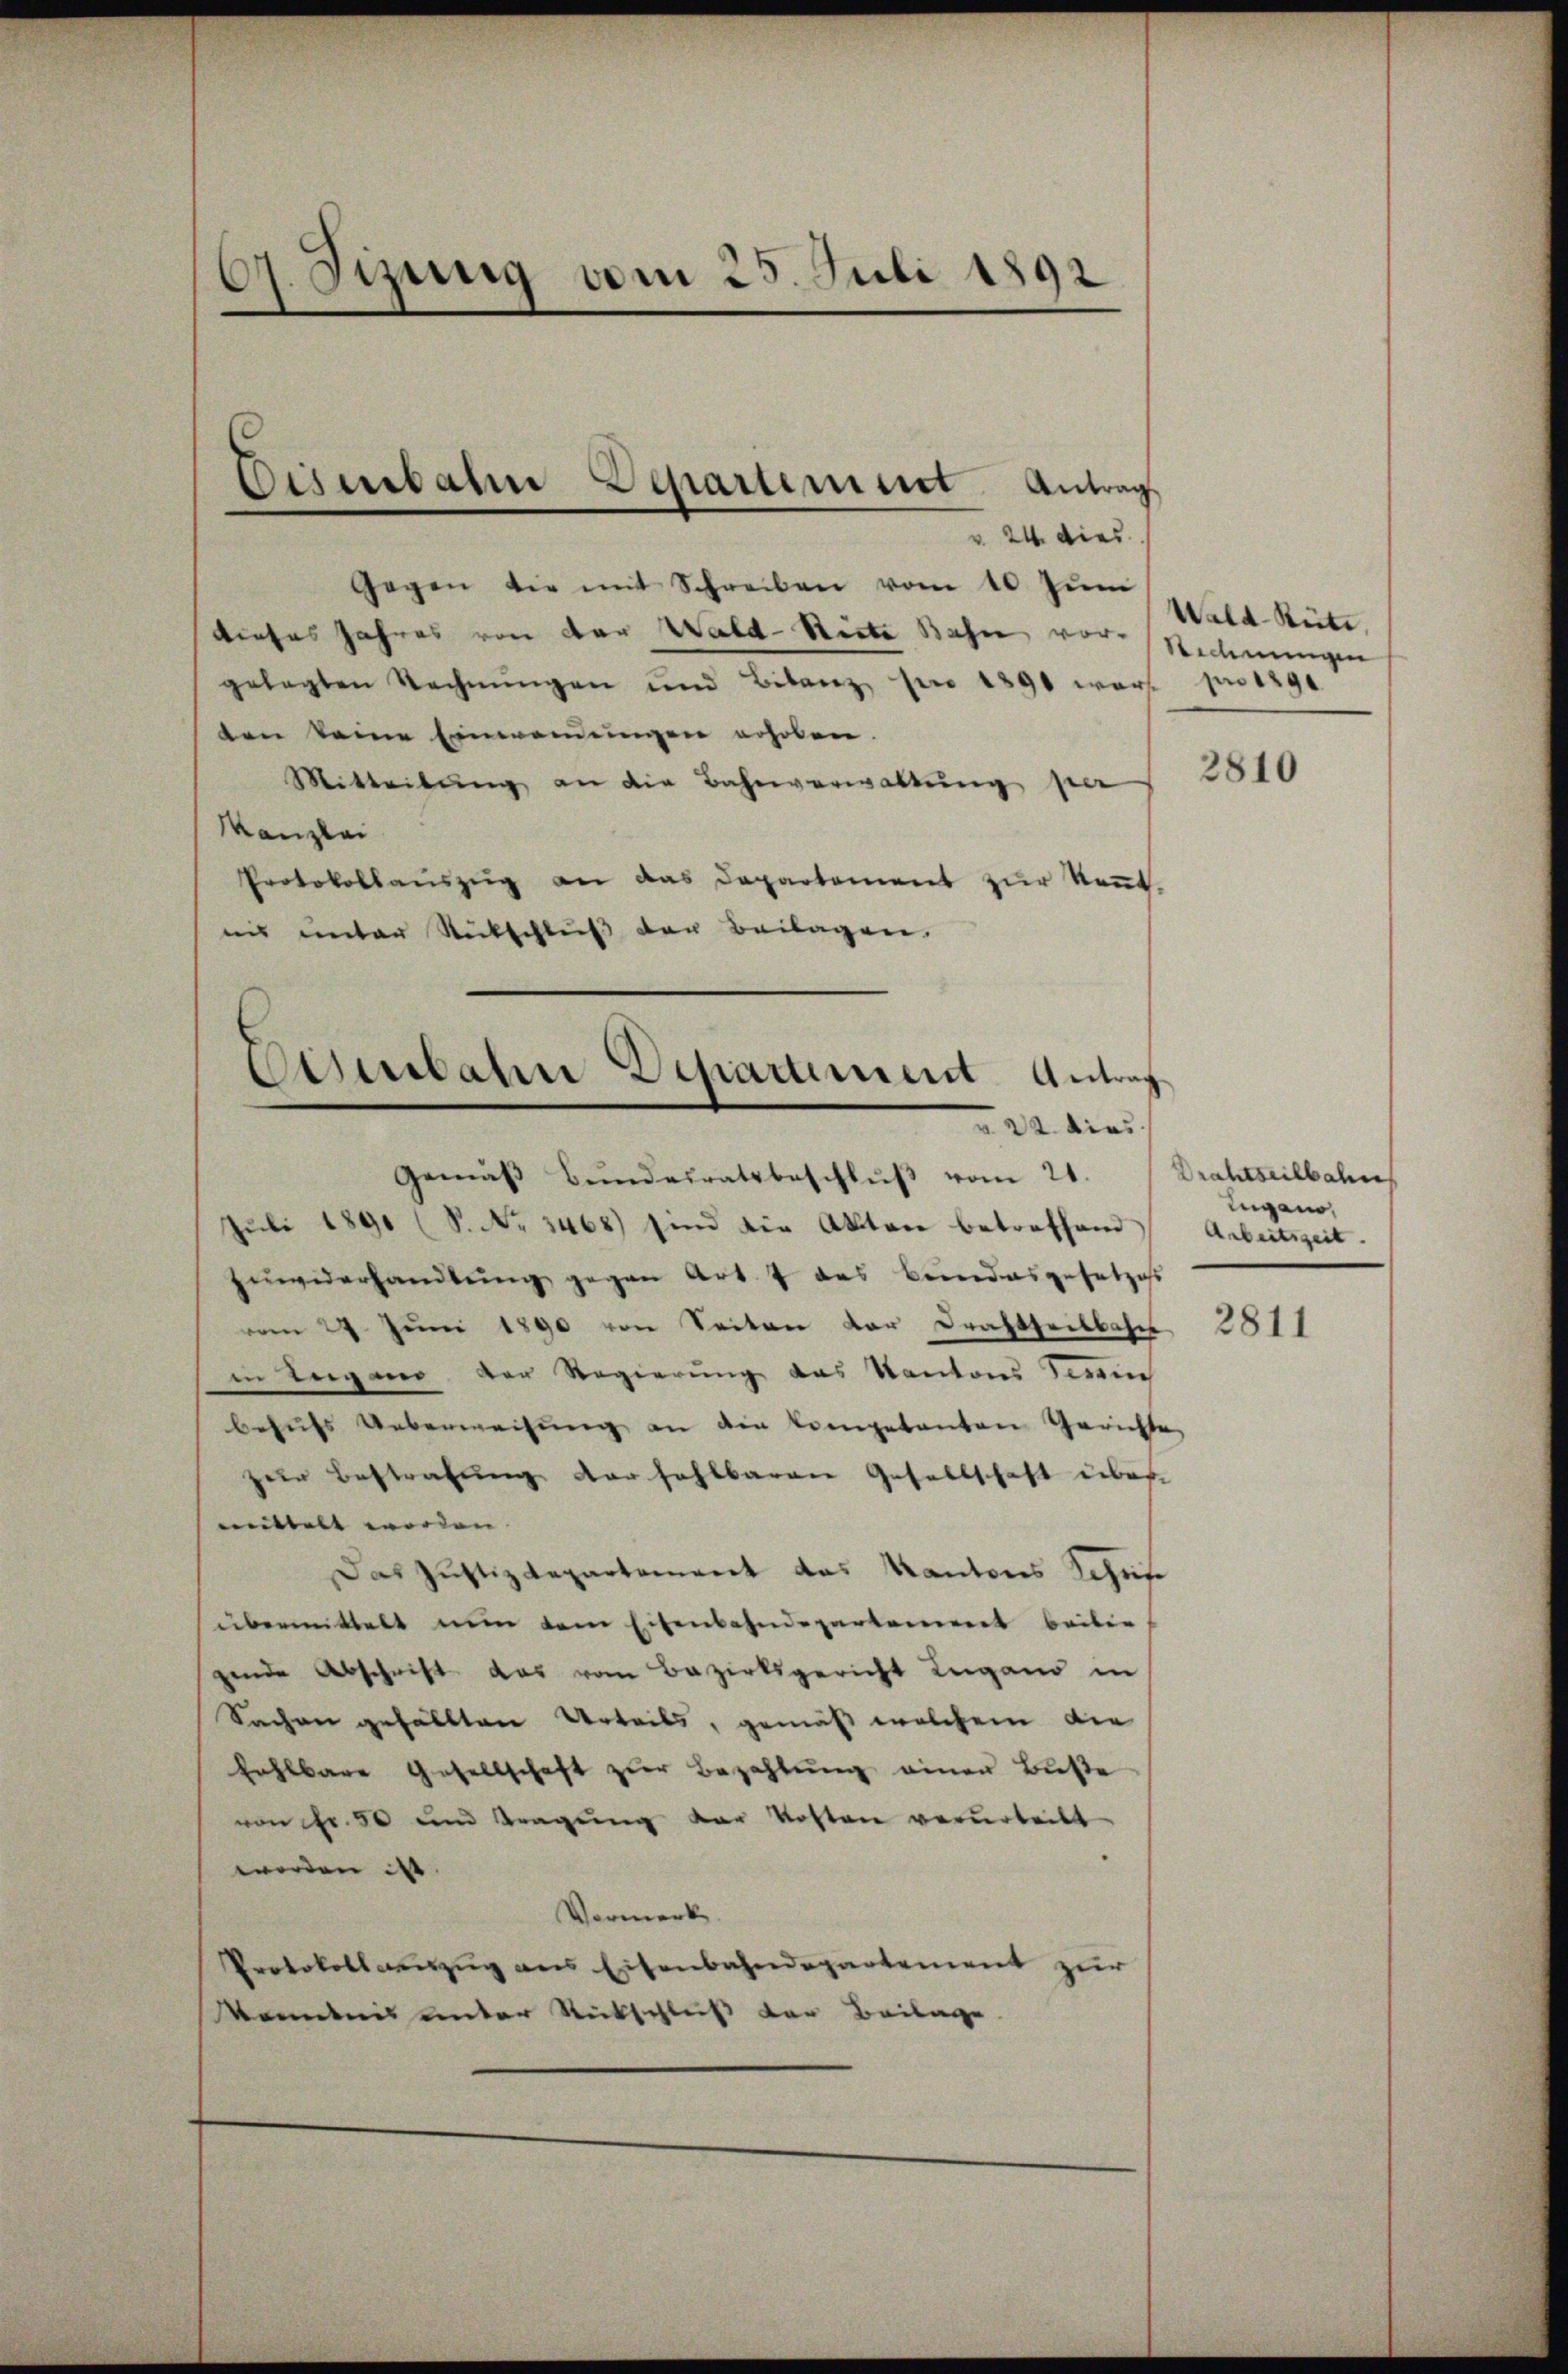
6. Jung vom 25. Juli 1892

v. 24. dies
Gegen die mit Schreiben vom 10. Jŭni
dieses Jahres von der Wald-Riete Bahn vor. Rechnungen
gelegten Rechnŭngen und Bilanz pro 1890 war pro 1891
ten keine Einwendungen erhoben.
Mitteilŭng an die Bahnverwaltŭng per
Kanzlei
Protokollaŭszŭg an das Departement zŭr Keṅt.
uns unter Rutschluß der Beilagen.

Ciserbahn Departement Antrag

Eisenbahn Departement Antrag
Gemäβ Bŭndesratsbeschlŭβ vom 21. Drahtseilbahn

u 22. dies
Juli 1890 (S. Nr. 3468) sind die Akten betreffend
zuwiderhandlŭng gegen Art. 7 des Bundesgesetzes
vom 29. Juni 1890 von Seiten der Drahtseitbahn
in Teigano der Regierung das Kantons sein
behŭfs Ueberweisŭng an die kompetenten Gerichte
zur Bestrafung der fahlbaren Gesellschaft über-
mittelt worden |
Das Justizdepartement das Kantons Schrif
übermittelt nun dem Eisenbahndeverkommt beiben
gende Abschrift das vom Bezirksgericht Lugand in
Sachen gefällten Urteils, gemäß welchem die
fahlbare Gesellschaft zŭr Bezahlŭng einer Buße
von Fr. 50 und Tragung der Kosten verurteilt
worden ist. |
Vormerk.
Protokoll auszug aus Eisenbahndepartement zur
kenntnis unter Rückschluß der Beilage

Wald–Rüti,

2810

Eugano,
Arbeitszeit.

2811